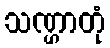
သဏ္ဌာတုံ